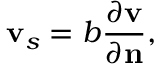
{ \bf v } _ { s } = b \frac { \partial \mathbf { v } } { \partial \mathbf { n } } ,